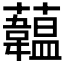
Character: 𧄧